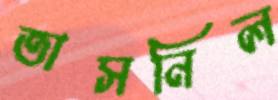
তাসনিল